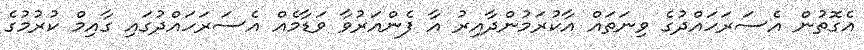
އެގޮތުން އެސަރަހައްދުގެ ވިނަތައް އާކުރަމުންދާއިރު އާ ފެންއަރުވާ ވަޑާމެއް އެސަރަހައްދުގައި ގާއިމް ކުރުމުގެ